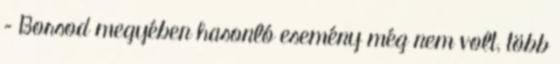
– Borsod megyében hasonló esemény még nem volt, több